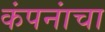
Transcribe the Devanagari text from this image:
कंपनांचा